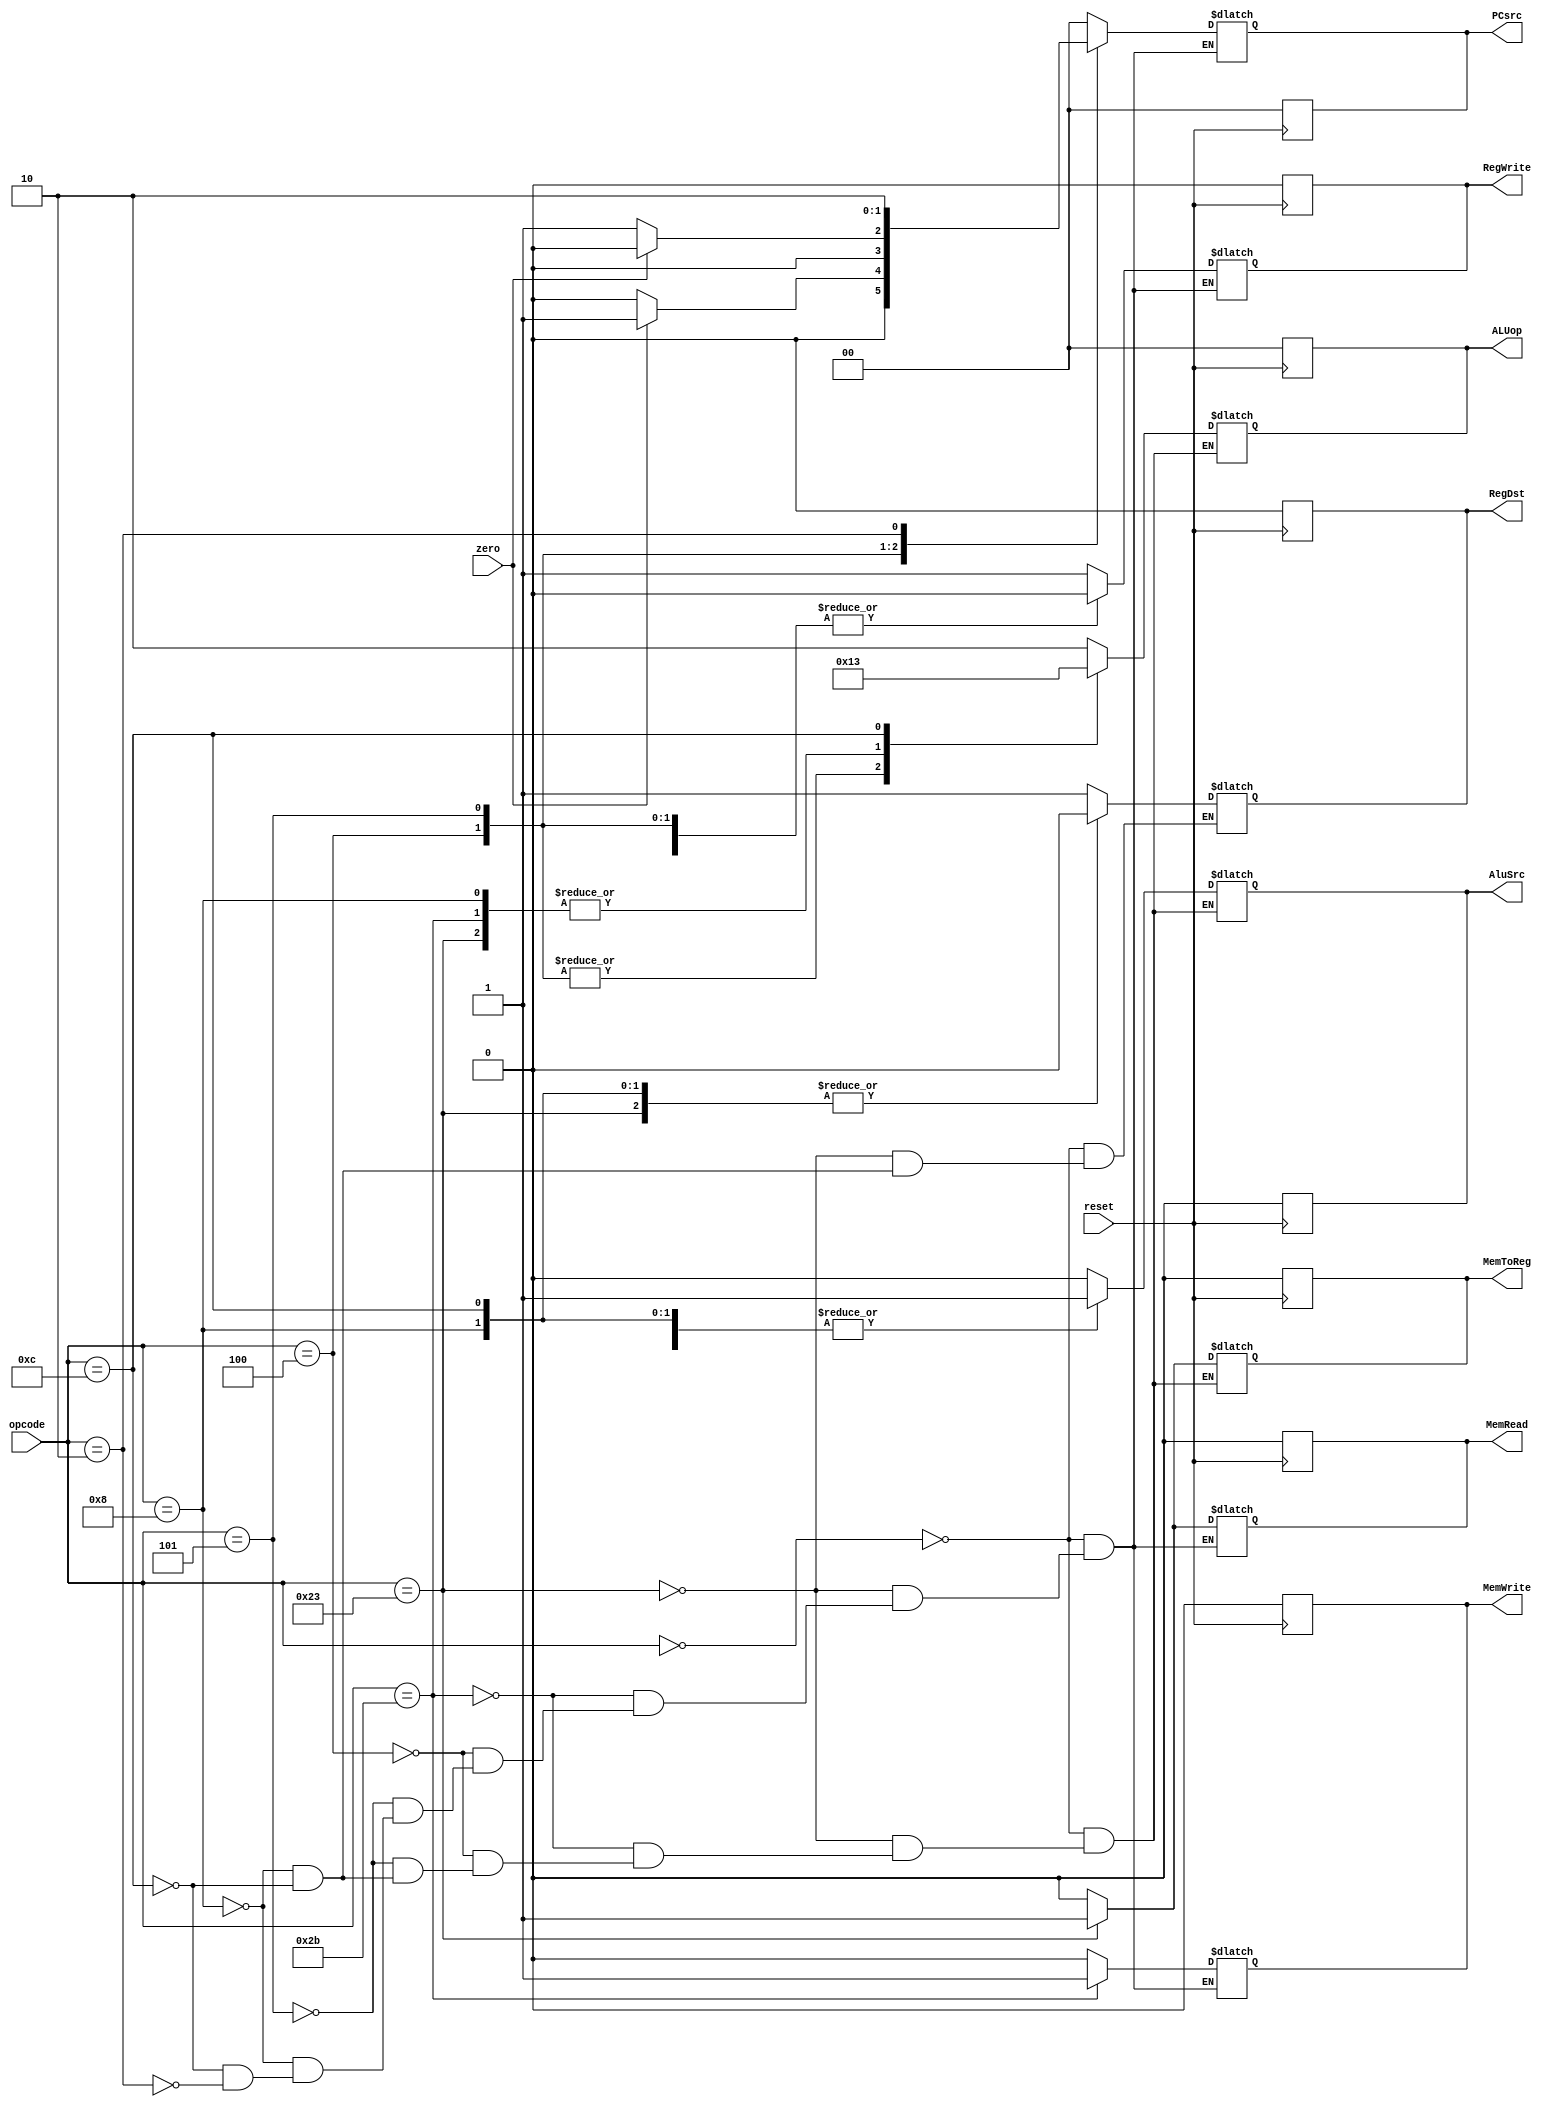
module ControlUnit (opcode,RegDst,MemRead,MemToReg,ALUop,MemWrite,AluSrc,RegWrite,PCsrc, reset,zero);
  
  input [5:0] opcode;
  input reset,zero;
  output reg RegDst,MemRead,MemToReg,MemWrite,AluSrc,RegWrite;
  output reg [1:0] PCsrc;
  output reg [1:0] ALUop;
  reg [1:0] branch;
  
  
  parameter R_type=6'b000000;
  parameter lw=6'b100011;
  parameter sw=6'b101011;
  parameter beq=6'b000100;
  parameter bne=6'b000101;
  parameter addi = 6'b001000; 
  parameter andi = 6'b001100; 
  parameter j = 6'b000010;

  always @(posedge reset)
  begin
   RegDst <= 1'b0;
   branch <= 2'b00;
   MemRead <= 1'b0;
   MemToReg <= 1'b0;
   ALUop <= 2'b00;
   MemWrite <= 1'b0;
   AluSrc <= 1'b0;
   RegWrite <= 1'b0;
   PCsrc <= 2'b0;
  end

  always@(opcode, zero)
    begin
      case (opcode)

        R_type:           

          begin
          RegDst<=1 ;
          branch<=2'b00 ;
          MemRead<=0 ;
          MemToReg<=0 ;
          MemWrite<=0 ;
          AluSrc<=0 ;
          RegWrite<=1 ;
          ALUop<=2'b10 ;
          PCsrc<=2'b00;
          end
          
          
        
        lw:           

          begin
          RegDst<=0 ;
          branch<=2'b00 ;
          MemRead<=1 ;
          MemToReg<=1 ;
          MemWrite<=0 ;
          AluSrc<=1 ;
          RegWrite<=1 ;
          ALUop<=2'b00 ;
          PCsrc<=2'b00;
          end
         
        
        sw:           

          begin
          //RegDst<=1'bx ;
          branch<= 2'b00 ;
          MemRead<=0 ;
          MemToReg<=0 ;
          MemWrite<=1 ;
          AluSrc<=1 ;
          RegWrite<=0 ;
          ALUop<=2'b00 ;
          PCsrc<=2'b00;
          end
          
        beq:           

          begin
          //RegDst<=1'bx ;
          branch<= 2'b01;
          MemRead<=0 ;
          MemToReg<=0 ;
          MemWrite<=0 ;
          AluSrc<=0 ;
          RegWrite<=0 ;
          ALUop<=2'b01 ;
          PCsrc <= (zero ? 2'b01 : 2'b00); 
          end
          
        bne:           

          begin
          //RegDst<=1'bx ;
          branch<= 2'b10;
          MemRead<=0 ;
          MemToReg<=0 ;
          MemWrite<=0 ;
          AluSrc<=0 ;
          RegWrite<=0 ;
          ALUop<=2'b01 ;
          PCsrc <= ((~zero) ? 2'b01:2'b00);
          end

	      addi:           

          begin
          RegDst<=0 ;
          branch<=2'b00 ;
          MemRead<=0 ;
          MemToReg<=0 ;
          MemWrite<=0 ;
          AluSrc<=1 ;
          RegWrite<=1 ;
          ALUop<=2'b00 ;
          PCsrc<=2'b00;
          end

	      andi:           

          begin
          RegDst<=0 ;
          branch<=2'b00 ;
          MemRead<=0 ;
          MemToReg<=0 ;
          MemWrite<=0 ;
          AluSrc<=1 ;
          RegWrite<=1 ;
          ALUop<=2'b11 ;
          PCsrc<=2'b00;
          end
          
        j:           

          begin
          branch<=2'b00 ;
          MemRead<=0 ;
          MemWrite<=0 ;
          RegWrite<=0 ;
          PCsrc <= 2'b10;
          end
          
      endcase
    end
endmodule